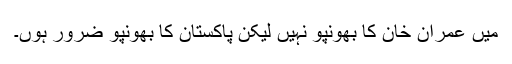
میں عمران خان کا بھونپو نہیں لیکن پاکستان کا بھونپو ضرور ہوں۔